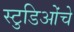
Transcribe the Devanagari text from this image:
स्टुडिओंचे